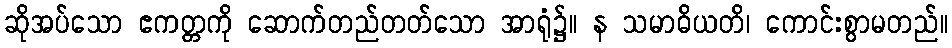
ဆိုအပ်သော ဧကတ္တကို ဆောက်တည်တတ်သော အာရုံ၌။ န သမာဓိယတိ၊ ကောင်းစွာမတည်။